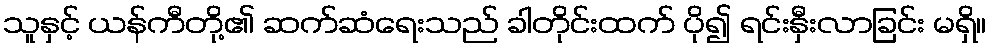
သူနှင့် ယန်ကီတို့၏ ဆက်ဆံရေးသည် ခါတိုင်းထက် ပို၍ ရင်းနှီးလာခြင်း မရှိ။